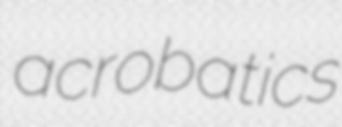
acrobatics